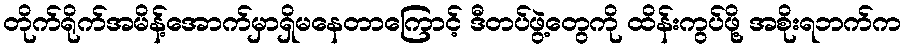
တိုက်ရိုက်အမိန့်အောက်မှာရှိမနေတာကြောင့် ဒီတပ်ဖွဲ့တွေကို ထိန်းကွပ်ဖို့ အစိုးရဘက်က